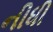
નીધી